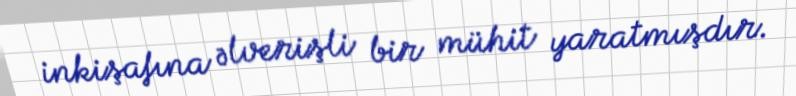
inkişafına əlverişli bir mühit yaratmışdır.